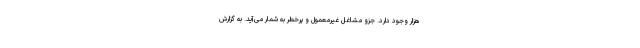
هزار وجود دارد. جزو مشاغل غیرمعمول و پرخطر به شمار می‌آید. به گزارش